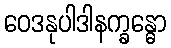
ဝေဒနုပါဒါနက္ခန္ဓော